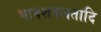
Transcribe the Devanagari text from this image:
भावशबलतादि